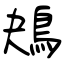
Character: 鴂